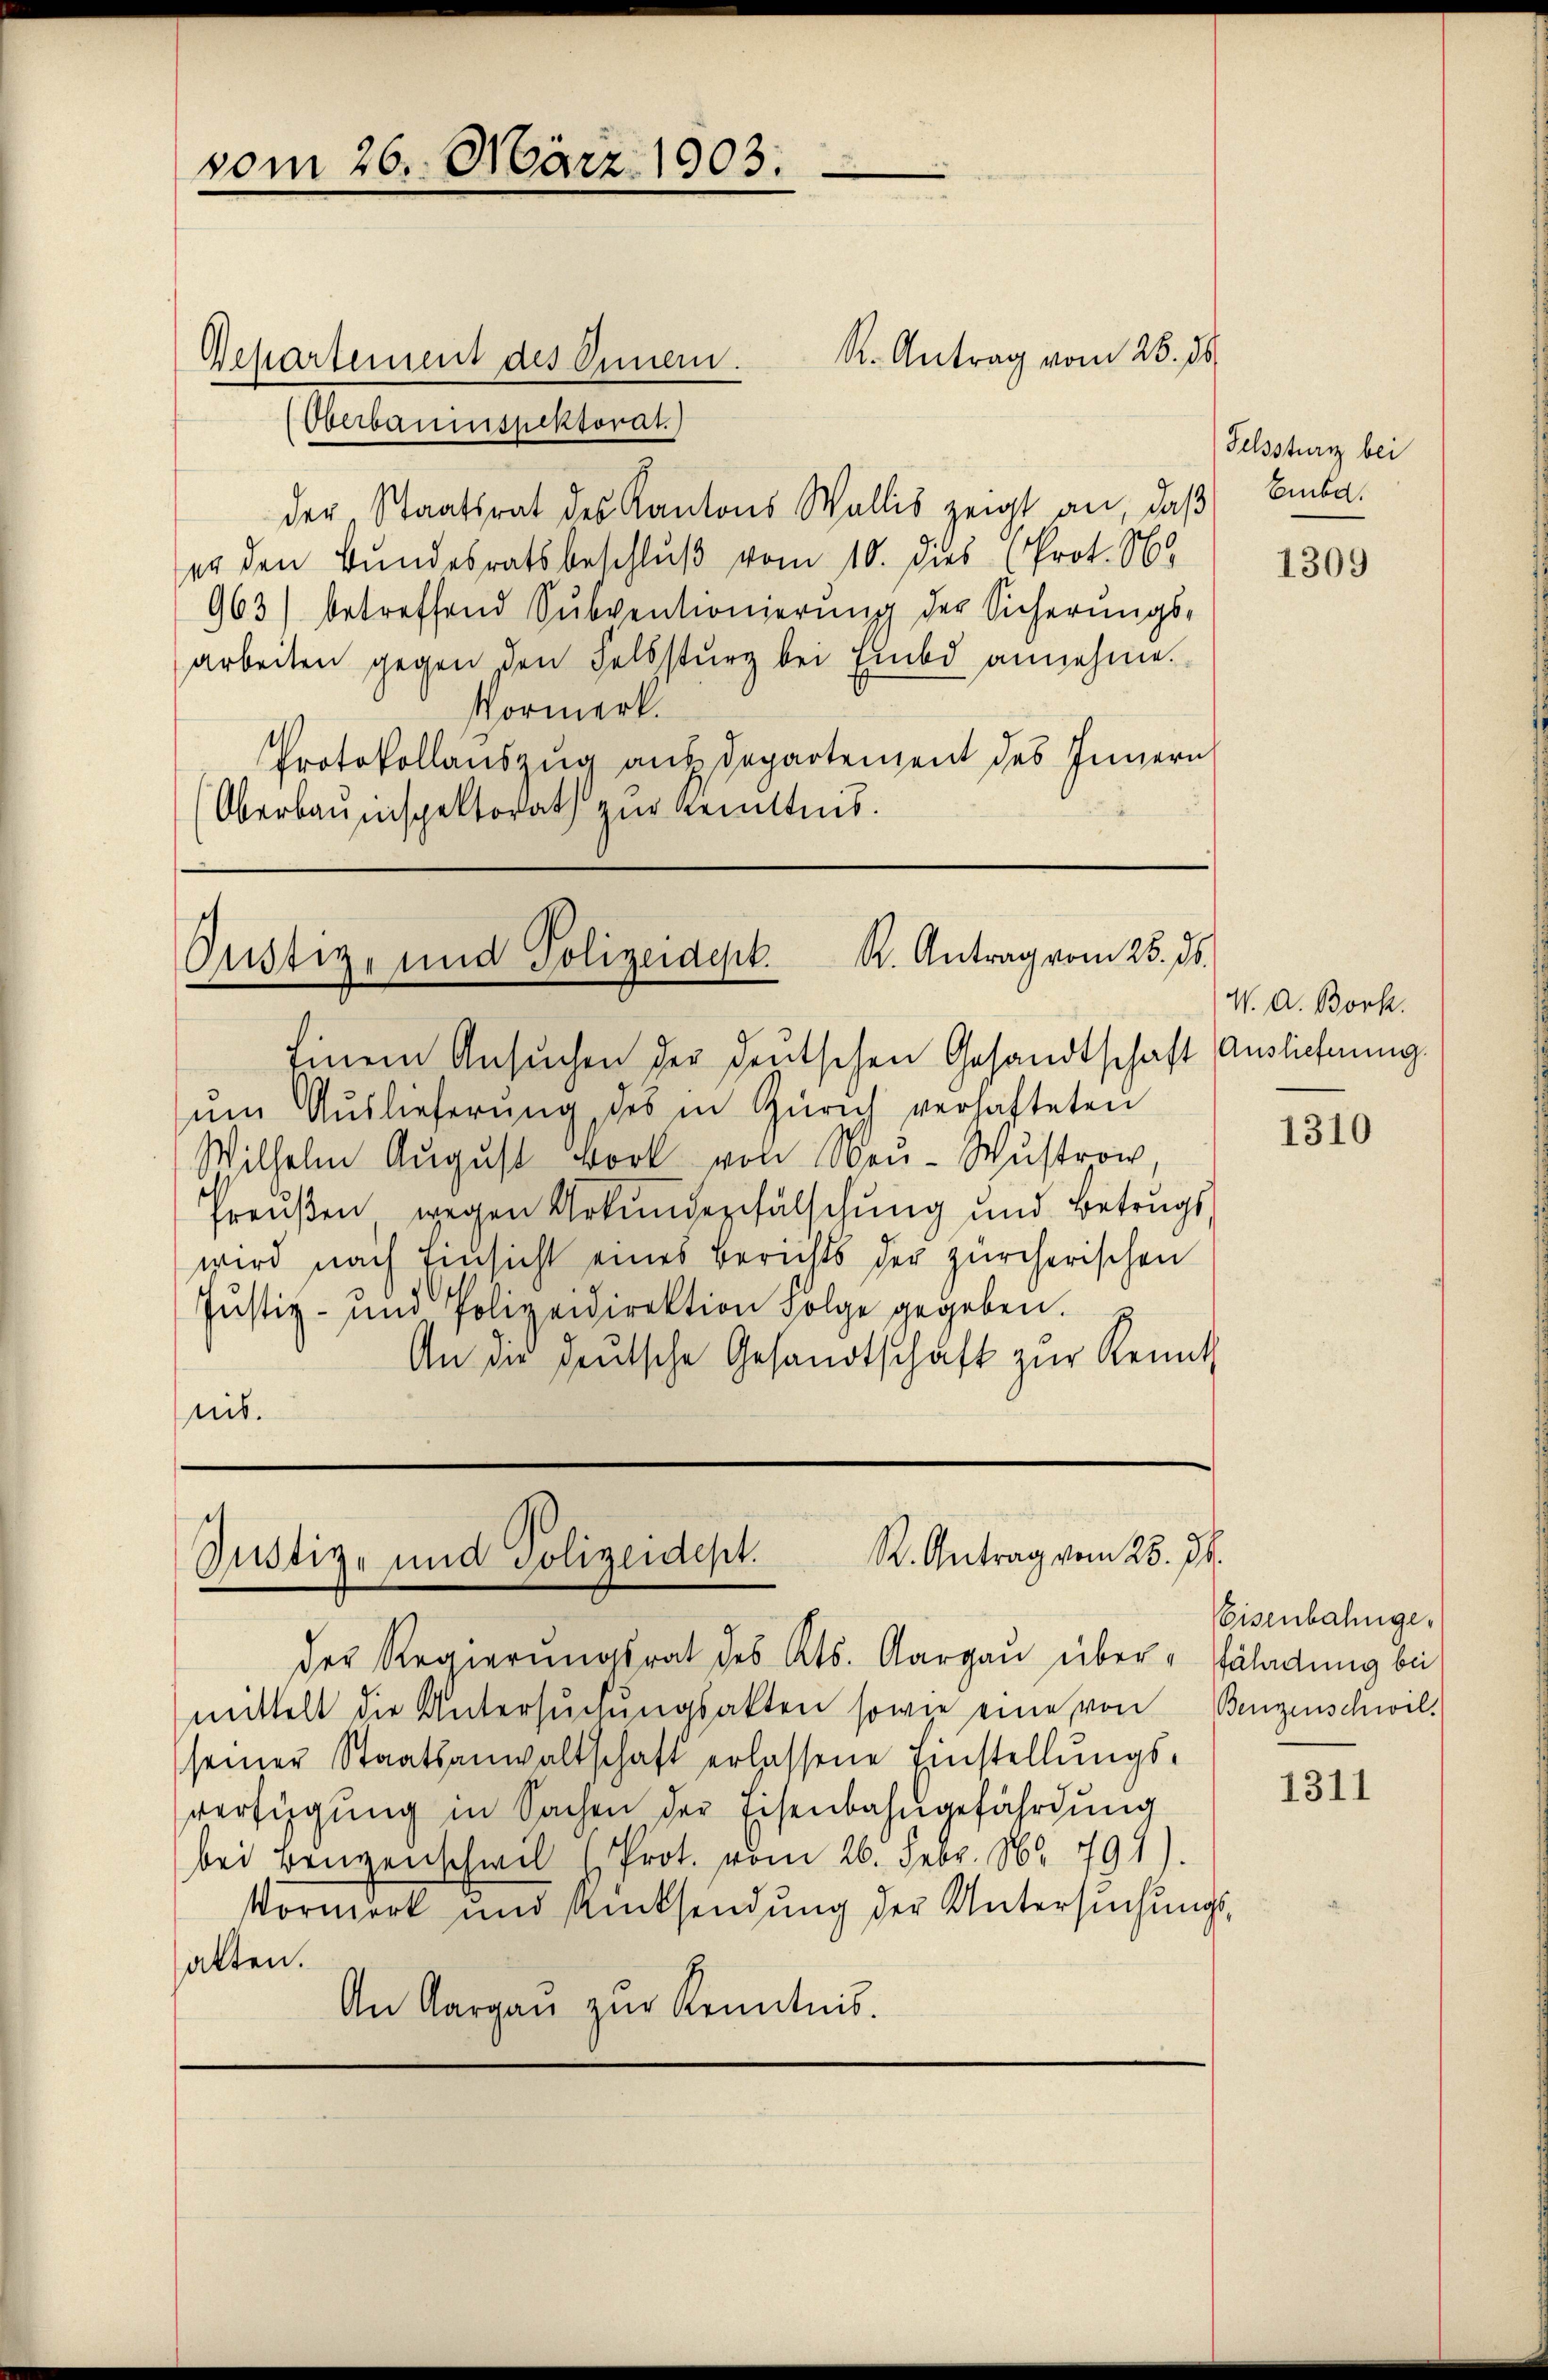
vom 26. März 1903.

Oberbaumspektorat.
der, Staatsrat des Kantons Wallis zeigt an, daß Embaer den Bundesratsbeschluß vom 10. dies (Prot. N
963) betreffend Subventionierŭng der Sicherŭngs-
arbeiten gegen, den Felssturz bei Einbd annehme.
Vormerk.
Protokollauszug aus Departement des Innern
Oberbauinspektorat zur Kenntnis.

Departement des Inner.

R. Antrag vom 26. ds.

Justiz- und Polizeidepk. K. Antrag vom 25. ds.

Einem Ansuchen der deutschen Gesandtschaft Auslichnung.
ŭm Aŭslieferŭng des in Zürich verhafteten
Wilhelm August Bork von Neu-Wustrow,
Preŭβen wegen Urkundenfälschung und Betrugs,
wird nach Einsicht eines Berichts der zürcherischen
Justiz- und Polizeidirektion Folge gegeben.
An die deutsche Gesandtschaft zŭr Kennt
nis.

mittelt die Untersŭchŭngsakten sowie eine von Benzenschwil-
seiner Staatsanwaltschaft erlassene Einstellŭngs-
verfügung in Sachen der Eisenbahngefährdung
bei Baugenschwil " Prot. vom 26. Febr. Nr. 799
Vormerk und Rücksendŭng der Untersŭchŭngs-
alten.
An Aargaŭ zŭr Kenntnis.

R. Antrag vom 25. d.
Justiz- und Polizeidept.
der Regierŭngsrat des Kts. Aargau über - fährdung bei

W. A. Bork.

Felssturz bei

1309

1310

Eisenbahnge¬

1311